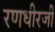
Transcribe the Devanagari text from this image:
रणधीरजी